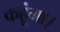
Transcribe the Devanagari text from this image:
कहूंगा।